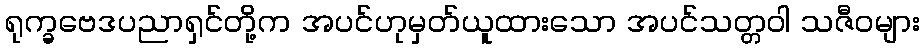
ရုက္ခဗေဒပညာရှင်တို့က အပင်ဟုမှတ်ယူထားသော အပင်သတ္တဝါ သဇီဝများ